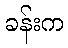
ခန်းက